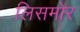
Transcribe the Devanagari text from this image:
लिसमोर